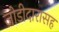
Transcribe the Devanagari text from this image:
जोडीदारासह